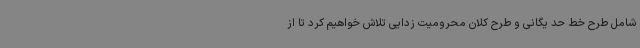
شامل طرح خط حد یگانی و طرح کلان محرومیت زدایی تلاش خواهیم کرد تا از